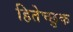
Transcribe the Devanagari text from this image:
हितेच्छुक